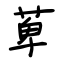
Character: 萆